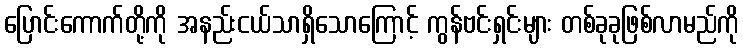
ပြောင်းကောက်တို့ကို အနည်းငယ်သာရှိသောကြောင့် ကွန်ဗင်းရှင်းများ တစ်ခုခုဖြစ်လာမည်ကို